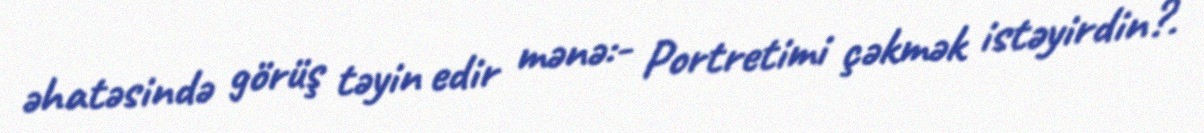
əhatəsində görüş təyin edir mənə:- Portretimi çəkmək istəyirdin?.